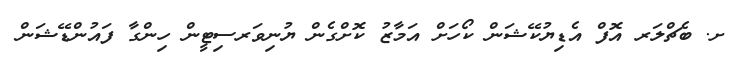
ށ. ބެޗްލަރ އޮފް އެޑިޔުކޭޝަން ކޯހަށް އަމާޒު ކޮށްގެން ޔުނިވަރސިޓީން ހިންގާ ފައުންޑޭޝަން